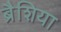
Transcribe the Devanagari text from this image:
ब्रैशिया